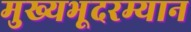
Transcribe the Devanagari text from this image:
मुख्यभूदरम्यान